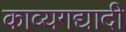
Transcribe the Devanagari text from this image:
काव्यगद्यादी